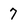
Character: 7